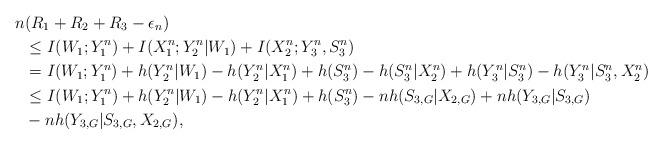
LaTeX: \begin{align*} n&(R_1+R_2+R_3 -\epsilon_n) \\&\leq I(W_1;Y_1^n)+I(X_1^n;Y_2^n|W_1)+I(X_2^n;Y_3^n,S_3^n) \\&=I(W_1;Y_1^n)+h(Y_2^n|W_1)-h(Y_2^n|X_1^n)+h(S_3^n)-h(S_3^n|X_2^n)+h(Y_3^n|S_3^n)-h(Y_3^n|S_3^n,X_2^n) \\&\leq I(W_1;Y_1^n)+h(Y_2^n|W_1)-h(Y_2^n|X_1^n)+h(S_3^n)-nh(S_{3,G}|X_{2,G})+nh(Y_{3,G}|S_{3,G}) \\&-nh(Y_{3,G}|S_{3,G},X_{2,G}) ,\end{align*}